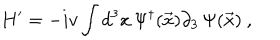
{ \bf H } ^ { \prime } = - i v \int d ^ { 3 } x \, \Psi ^ { \dagger } ( \vec { x } ) \partial _ { 3 } \, \Psi ( \vec { x } ) \ ,